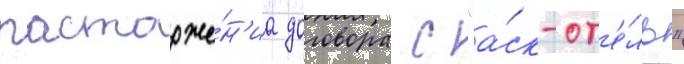
расторже́н'иа договора с "а́ск-от'е́ль"